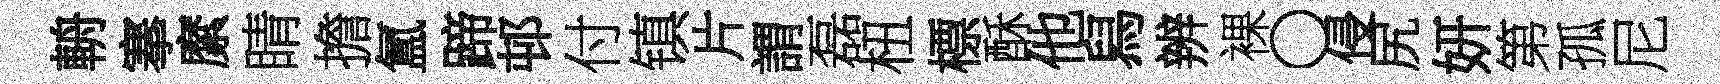
輈搴縻睛擔氲蹄邨付镇片謂磊杻標酥他舄辨裸〇侵尻妍第孤尼